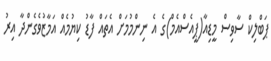
ޕަބްލިކް ސާވިސް މީޑިއާ(ޕީއެސްއެމް)ގެ އެ ނިންމުމަށް އެތައް ފާޑު ކިޔުމެއް އަމާޒުވެގެންދާ އިރު